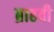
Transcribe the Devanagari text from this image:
ब्राहवी